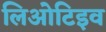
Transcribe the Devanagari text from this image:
लिओटिइव